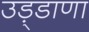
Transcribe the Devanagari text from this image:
उड़्डाणा